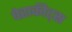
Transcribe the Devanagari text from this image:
पेराकीट्स